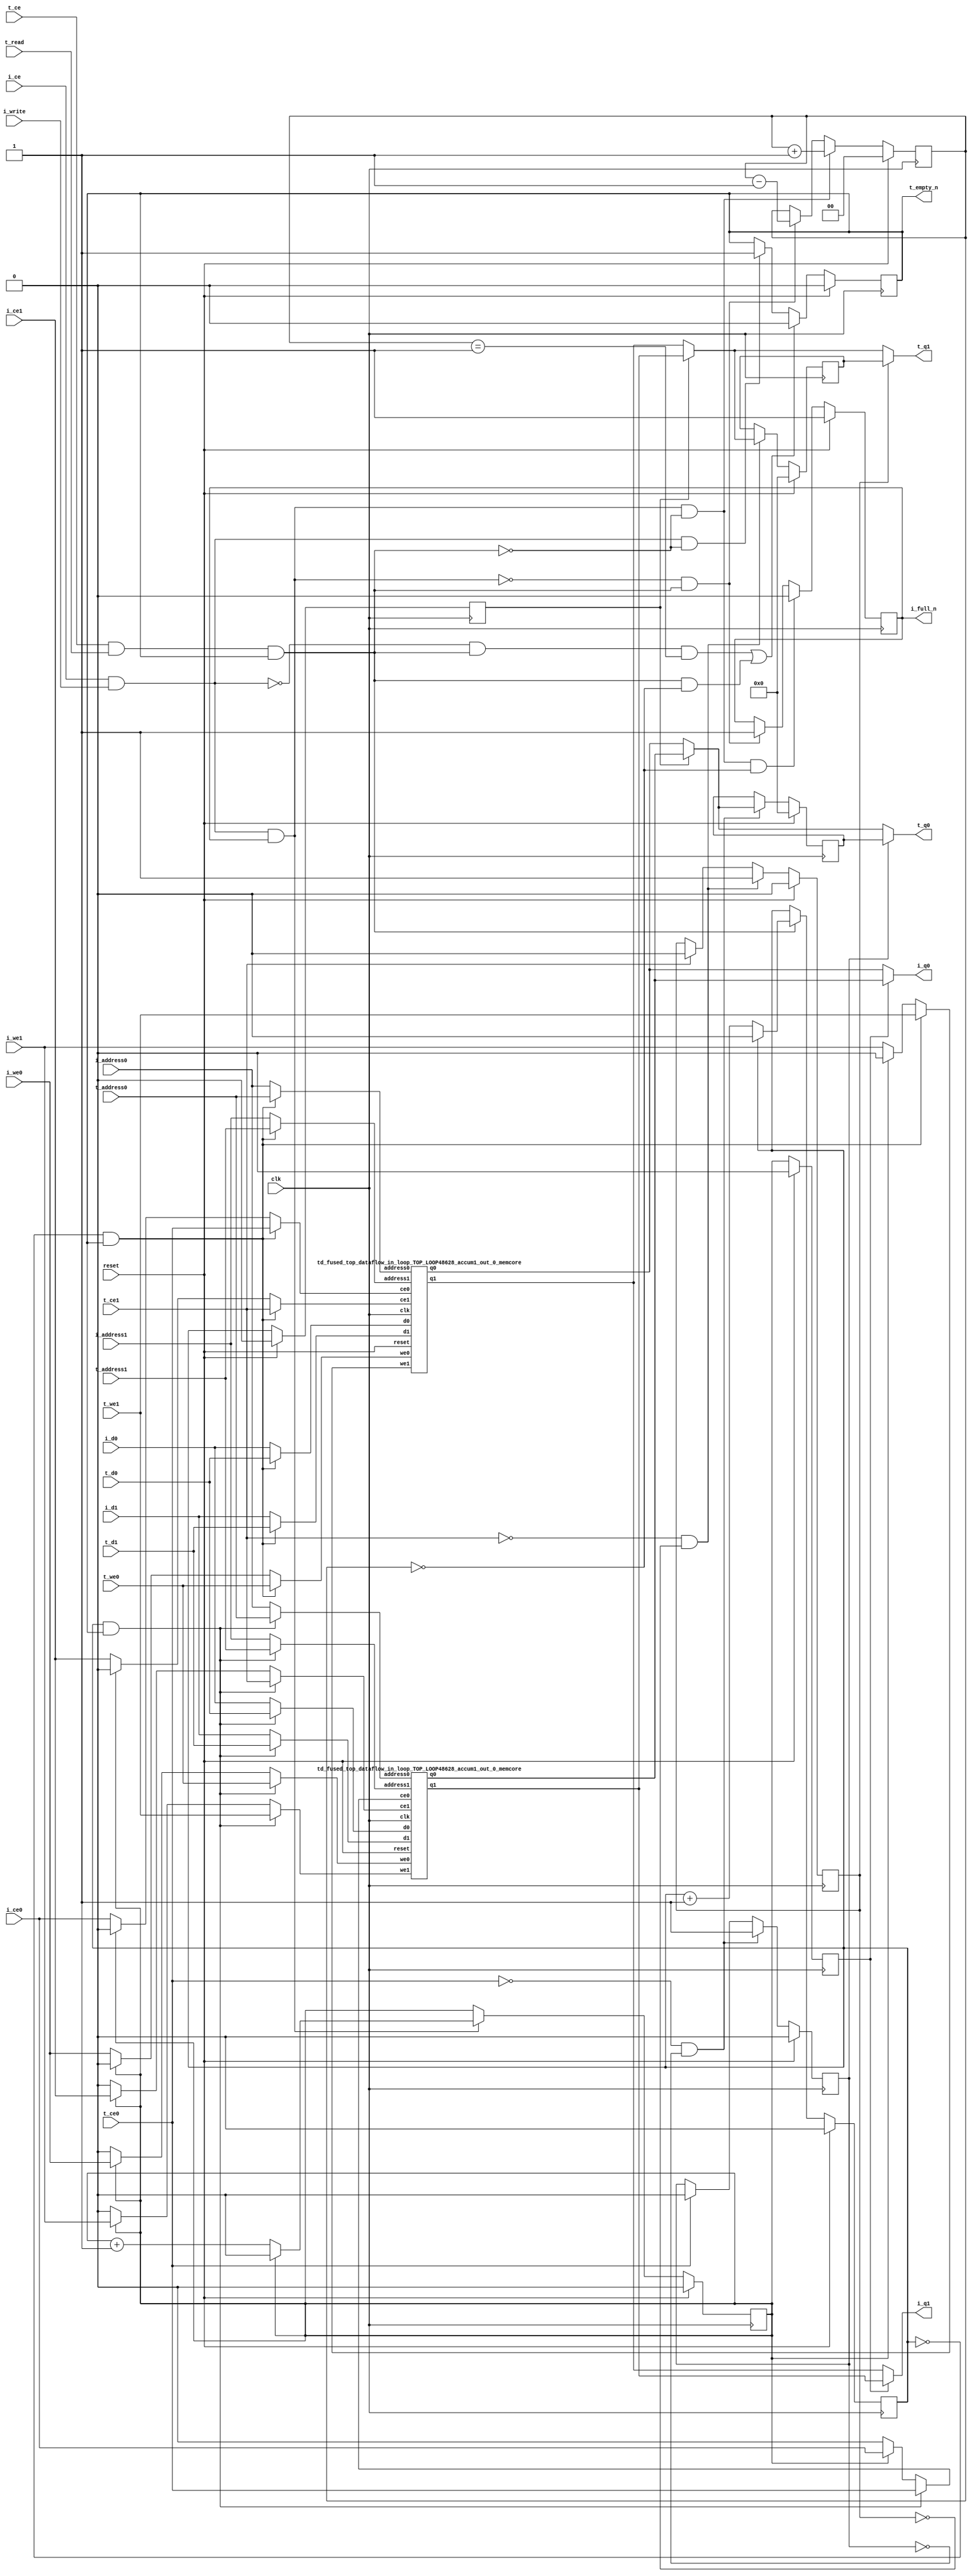
`define EXPONENT 5
`define MANTISSA 10
`define ACTUAL_MANTISSA 11
`define EXPONENT_LSB 10
`define EXPONENT_MSB 14
`define MANTISSA_LSB 0
`define MANTISSA_MSB 9
`define MANTISSA_MUL_SPLIT_LSB 3
`define MANTISSA_MUL_SPLIT_MSB 9
`define SIGN 1
`define SIGN_LOC 15
`define DWIDTH (`SIGN+`EXPONENT+`MANTISSA)
`define IEEE_COMPLIANCE 1

module td_fused_top_dataflow_in_loop_TOP_LOOP48628_accum1_out_0
#(parameter
    DataWidth    = 16,
    AddressRange = 32,
    AddressWidth = 3,
    BufferCount  = 2,
    MemLatency   = 1,
    IndexWidth   = 1
) (
    // system signals
    input  wire                    clk,
    input  wire                    reset,
    // initiator
    input  wire                    i_ce,
    input  wire                    i_write,
    output wire                    i_full_n,
    input  wire                    i_ce0,
    input  wire                    i_we0,
    input  wire [AddressWidth-1:0] i_address0,
    input  wire [DataWidth-1:0]    i_d0,
    output wire [DataWidth-1:0]    i_q0,
    input  wire                    i_ce1,
    input  wire                    i_we1,
    input  wire [AddressWidth-1:0] i_address1,
    input  wire [DataWidth-1:0]    i_d1,
    output wire [DataWidth-1:0]    i_q1,
    // target
    input  wire                    t_ce,
    input  wire                    t_read,
    output wire                    t_empty_n,
    input  wire                    t_ce0,
    input  wire                    t_we0,
    input  wire [AddressWidth-1:0] t_address0,
    input  wire [DataWidth-1:0]    t_d0,
    output wire [DataWidth-1:0]    t_q0,
    input  wire                    t_ce1,
    input  wire                    t_we1,
    input  wire [AddressWidth-1:0] t_address1,
    input  wire [DataWidth-1:0]    t_d1,
    output wire [DataWidth-1:0]    t_q1
);
//------------------------Local signal-------------------
// control/status
reg  [IndexWidth-1:0]   iptr    = 1'b0; // initiator index
reg  [IndexWidth-1:0]   tptr    = 1'b0; // target index
reg  [IndexWidth-1:0]   prev_iptr    = 1'b0; // previous initiator index
reg  [IndexWidth-1:0]   prev_tptr    = 1'b0; // previous target index
reg  [DataWidth-1:0]    reg_q0      = 1'b0; // buffer used if reader is stalled
reg                     reg_valid0    = 1'b0; // buffer has valid data
reg  [DataWidth-1:0]    reg_q1      = 1'b0; // buffer used if reader is stalled
reg                     reg_valid1    = 1'b0; // buffer has valid data
reg  [IndexWidth:0]     count   = 1'b0; // count of written buffers
reg                     full_n  = 1'b1; // whether all buffers are written
reg                     empty_n = 1'b0; // whether none of the buffers is written
wire                    push_buf;       // finish writing a buffer
wire                    write_buf;      // write a buffer
wire                    pop_buf;        // finish reading a buffer
// buffer signals
wire [BufferCount-1:0] buf_ce0;
wire [BufferCount-1:0] buf_we0;
wire [AddressWidth-1:0] buf_a0_0, buf_a0_1;
wire [DataWidth-1:0] buf_d0_0, buf_d0_1;
wire [DataWidth-1:0] buf_q0_0, buf_q0_1;
wire [BufferCount-1:0] buf_ce1;
wire [BufferCount-1:0] buf_we1;
wire [AddressWidth-1:0] buf_a1_0, buf_a1_1;
wire [DataWidth-1:0] buf_d1_0, buf_d1_1;
wire [DataWidth-1:0] buf_q1_0, buf_q1_1;
//------------------------Instantiation------------------
//genvar i;
        td_fused_top_dataflow_in_loop_TOP_LOOP48628_accum1_out_0_memcore td_fused_top_dataflow_in_loop_TOP_LOOP48628_accum1_out_0_memcore_U_0 (
            .reset    ( reset ),
            .clk      ( clk ),
            .address0 ( buf_a0_0 ),
            .ce0      ( buf_ce0[ 0 ] ),
            .we0      ( buf_we0[ 0 ] ),
            .d0       ( buf_d0_0 ),
            .q0       ( buf_q0_0 ),
            .address1 ( buf_a1_0 ),
            .ce1      ( buf_ce1[ 0 ] ),
            .we1      ( buf_we1[ 0 ] ),
            .d1       ( buf_d1_0 ),
            .q1       ( buf_q1_0 )
        );
        td_fused_top_dataflow_in_loop_TOP_LOOP48628_accum1_out_0_memcore td_fused_top_dataflow_in_loop_TOP_LOOP48628_accum1_out_0_memcore_U_1 (
            .reset    ( reset ),
            .clk      ( clk ),
            .address0 ( buf_a0_1 ),
            .ce0      ( buf_ce0[ 1 ] ),
            .we0      ( buf_we0[ 1 ] ),
            .d0       ( buf_d0_1 ),
            .q0       ( buf_q0_1 ),
            .address1 ( buf_a1_1 ),
            .ce1      ( buf_ce1[ 1 ] ),
            .we1      ( buf_we1[ 1 ] ),
            .d1       ( buf_d1_1 ),
            .q1       ( buf_q1_1 )
        );

//++++++++++++++++++++++++buffer signals+++++++++++++++++
        assign buf_ce0[ 0 ] = (tptr ==  0  && empty_n) ? t_ce0
                             : (iptr ==  0 ) ? i_ce0 : 1'b0;
        assign buf_a0_0  = (tptr ==  0  && empty_n) ?  t_address0 : i_address0;
        assign buf_we0[ 0 ] = (tptr ==  0  && empty_n)  ? t_we0
                             : (iptr ==  0 ) ? i_we0 : 1'b0;
        assign buf_d0_0  = (tptr ==  0  && empty_n) ? t_d0       : i_d0;
        assign buf_ce1[ 0 ] = (tptr ==  0  && empty_n) ? t_ce1
                             : (iptr ==  0 ) ? i_ce1 : 1'b0;
        assign buf_a1_0  = (tptr ==  0  && empty_n) ?  t_address1 : i_address1;
        assign buf_we1[ 0 ] = (tptr ==  0  && empty_n)  ? t_we1
                             : (iptr ==  0 ) ? i_we1 : 1'b0;
        assign buf_d1_0  = (tptr ==  0  && empty_n) ? t_d1       : i_d1;
        assign buf_ce0[ 1 ] = (tptr ==  1  && empty_n) ? t_ce0
                             : (iptr ==  1 ) ? i_ce0 : 1'b0;
        assign buf_a0_1  = (tptr ==  1  && empty_n) ?  t_address0 : i_address0;
        assign buf_we0[ 1 ] = (tptr ==  1  && empty_n)  ? t_we0
                             : (iptr ==  1 ) ? i_we0 : 1'b0;
        assign buf_d0_1  = (tptr ==  1  && empty_n) ? t_d0       : i_d0;
        assign buf_ce1[ 1 ] = (tptr ==  1  && empty_n) ? t_ce1
                             : (iptr ==  1 ) ? i_ce1 : 1'b0;
        assign buf_a1_1  = (tptr ==  1  && empty_n) ?  t_address1 : i_address1;
        assign buf_we1[ 1 ] = (tptr ==  1  && empty_n)  ? t_we1
                             : (iptr ==  1 ) ? i_we1 : 1'b0;
        assign buf_d1_1  = (tptr ==  1  && empty_n) ? t_d1       : i_d1;
//+++++++++++++++++++++++++++++++++++++++++++++++++++++++

//------------------------Body---------------------------
assign i_q0      = (prev_iptr == 1'b1 ? buf_q0_1 : buf_q0_0);
assign t_q0      = reg_valid0 ? reg_q0 : (prev_tptr == 1'b1 ? buf_q0_1 : buf_q0_0);
assign i_q1      = (prev_iptr == 1'b1 ? buf_q1_1 : buf_q1_0);
assign t_q1      = reg_valid1 ? reg_q1 : (prev_tptr == 1'b1 ? buf_q1_1 : buf_q1_0);

//++++++++++++++++++++++++output+++++++++++++++++++++++++
assign i_full_n  = full_n;
assign t_empty_n = empty_n;
//+++++++++++++++++++++++++++++++++++++++++++++++++++++++

//++++++++++++++++++++++++control/status+++++++++++++++++
assign push_buf = i_ce & i_write & full_n;
assign write_buf = i_ce & i_write;
assign pop_buf  = t_ce & t_read & empty_n;

// iptr
always @(posedge clk) begin
    if (reset == 1'b1)
        iptr <= 1'b0;
    else if (push_buf) begin
        if (iptr == BufferCount - 1'b1)
            iptr <= 1'b0;
        else
            iptr <= iptr + 1'b1;
    end
end

// tptr
always @(posedge clk) begin
    if (reset == 1'b1)
        tptr <= 1'b0;
    else if (pop_buf) begin
        if (tptr == BufferCount - 1'b1)
            tptr <= 1'b0;
        else
            tptr <= tptr + 1'b1;
    end
end

// prev_iptr
always @(posedge clk) begin
    if (reset == 1'b1)
        prev_iptr <= 1'b0;
    else begin
        prev_iptr <= iptr;
    end
end

// prev_tptr
always @(posedge clk) begin
    if (reset == 1'b1)
        prev_tptr <= 1'b0;
    else begin
        prev_tptr <= tptr;
    end
end

// reg_q0 and reg_valid0
always @(posedge clk) begin
    if (reset == 1'b1) begin
        reg_q0     <= 1'b0;
        reg_valid0 <= 1'b0;
    end else if (!t_ce0 && !reg_valid0) begin
        reg_q0     <= (prev_tptr == 1'b1 ? buf_q0_1 : buf_q0_0);
        reg_valid0 <= 1'b1;
    end else if (t_ce0) begin
        reg_valid0 <= 1'b0;
    end
end

// reg_q1 and reg_valid1
always @(posedge clk) begin
    if (reset == 1'b1) begin
        reg_q1     <= 1'b0;
        reg_valid1 <= 1'b0;
    end else if (!t_ce1 && !reg_valid1) begin
        reg_q1     <= (prev_tptr == 1'b1 ? buf_q1_1 : buf_q1_0);
        reg_valid1 <= 1'b1;
    end else if (t_ce1) begin
        reg_valid1 <= 1'b0;
    end
end

// count
always @(posedge clk) begin
    if (reset == 1'b1)
        count <= 1'b0;
    else if (push_buf && !pop_buf)
        count <= count + 1'b1;
    else if (!push_buf && pop_buf)
        count <= count - 1'b1;
end

// full_n
always @(posedge clk) begin
    if (reset == 1'b1)
        full_n <= 1'b1;
    else if (push_buf && !pop_buf && count == BufferCount - 2'd2)
        full_n <= 1'b0;
    else if (!push_buf && pop_buf)
        full_n <= 1'b1;
end

// empty_n
always @(posedge clk) begin
    if (reset == 1'b1)
        empty_n <= 1'b0;
    else if ((!write_buf && pop_buf && count == 1'b1)
             || (pop_buf && count == 1'b0))
        empty_n <= 1'b0;
    else if (write_buf && !pop_buf)
        empty_n <= 1'b1;
end
//+++++++++++++++++++++++++++++++++++++++++++++++++++++++

endmodule
module td_fused_top_dataflow_in_loop_TOP_LOOP48628_accum1_out_0_memcore(
    reset,
    clk,
    address0,
    ce0,
    we0,
    d0,
    q0,
    address1,
    ce1,
    we1,
    d1,
    q1);

parameter DataWidth = 32'd16;
parameter AddressRange = 32'd8;
parameter AddressWidth = 32'd3;
input reset;
input clk;
input[AddressWidth - 1:0] address0;
input ce0;
input we0;
input[DataWidth - 1:0] d0;
output[DataWidth - 1:0] q0;
input[AddressWidth - 1:0] address1;
input ce1;
input we1;
input[DataWidth - 1:0] d1;
output[DataWidth - 1:0] q1;



td_fused_top_dataflow_in_loop_TOP_LOOP48628_accum1_out_0_memcore_ram td_fused_top_dataflow_in_loop_TOP_LOOP48628_accum1_out_0_memcore_ram_U(
    .clk( clk ),
    .addr0( address0 ),
    .ce0( ce0 ),
    .we0( we0 ),
    .d0( d0 ),
    .q0( q0 ),
    .addr1( address1 ),
    .ce1( ce1 ),
    .we1( we1 ),
    .d1( d1 ),
    .q1( q1 )
);

endmodule
module td_fused_top_dataflow_in_loop_TOP_LOOP48628_accum1_out_0_memcore_ram (addr0, ce0, d0, we0, q0, addr1, ce1, d1, we1, q1,  clk);

parameter DWIDTH = 16;
parameter AWIDTH = 3;
parameter MEM_SIZE = 8;

input[AWIDTH-1:0] addr0;
input ce0;
input[DWIDTH-1:0] d0;
input we0;
output reg[DWIDTH-1:0] q0;
input[AWIDTH-1:0] addr1;
input ce1;
input[DWIDTH-1:0] d1;
input we1;
output reg[DWIDTH-1:0] q1;
input clk;

reg [DWIDTH-1:0] ram[MEM_SIZE-1:0];




always @(posedge clk)  
begin 
    if (ce0) begin
        if (we0) 
            ram[addr0] <= d0; 
        q0 <= ram[addr0];
    end
end


always @(posedge clk)  
begin 
    if (ce1) begin
        if (we1) 
            ram[addr1] <= d1; 
        q1 <= ram[addr1];
    end
end


endmodule